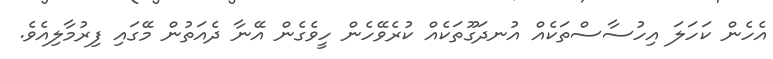
އެހެން ކަހަލަ އިހުސާސްތަކެއް އުނދަގޫތަކެއް ކުރެވޭހެން ހީވެގެން އޭނާ ދެއަތުން މޭގައި ފިރުމާލިއެވެ.